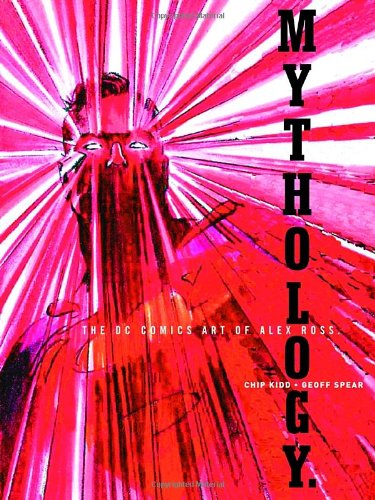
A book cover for Mythology: The DC Comics Art of Alex Ross; Alex Ross; Comics & Graphic Novels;